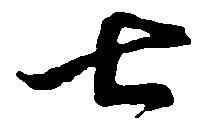
七